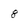
Character: 8